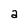
Character: a